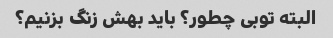
البته توبی چطور؟ باید بهش زنگ بزنیم؟